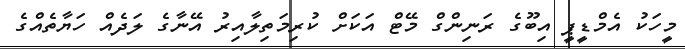
މީހަކު އެމްޑީޕީ އިބޫގެ ރަނިންގް މޭޓް އަކަށް ކުރިމަތިލާއިރު އޭނާގެ ލަދެއް ހަޔާތެއްގެ